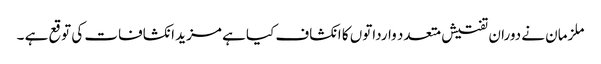
ملزمان نے دوران تفتیش متعدد وارداتوں کا انکشاف کیا ہے مزید انکشافات کی توقع ہے ۔